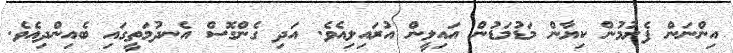
އިންނަން ފެށުމުން ކިޔާން މަޑުމަޑުން އަައިލީން އުރައިލިއެވެ. އަދި ގެންގޮސް އެނދުމަތީގައި ބެއިންދިއެވެ.